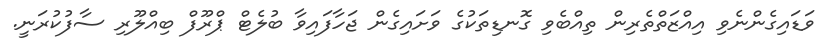
ވަޑައިގެންނެވި އިއްޒަތްތެރިން ތިއްބެވި ގޮނޑިތަކުގެ ވަށައިގެން ޖަހާފައިވާ ބުލެޓް ޕްރޫފް ބިއްލޫރި ސާފުކުރަނީ.